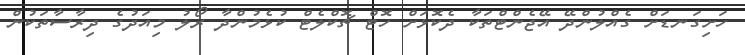
ހަށިގަނޑަށް ގެއްލުންދޭ އޭޖެންޓްތަކާ ދެކޮޅަށް ހޮޓް ޗޮކްލެޓް ކުޅެމުންދާ ރޯލު މިއަދުގެ ދިރާސާތަކުން